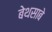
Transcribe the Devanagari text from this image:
बेथसाबे